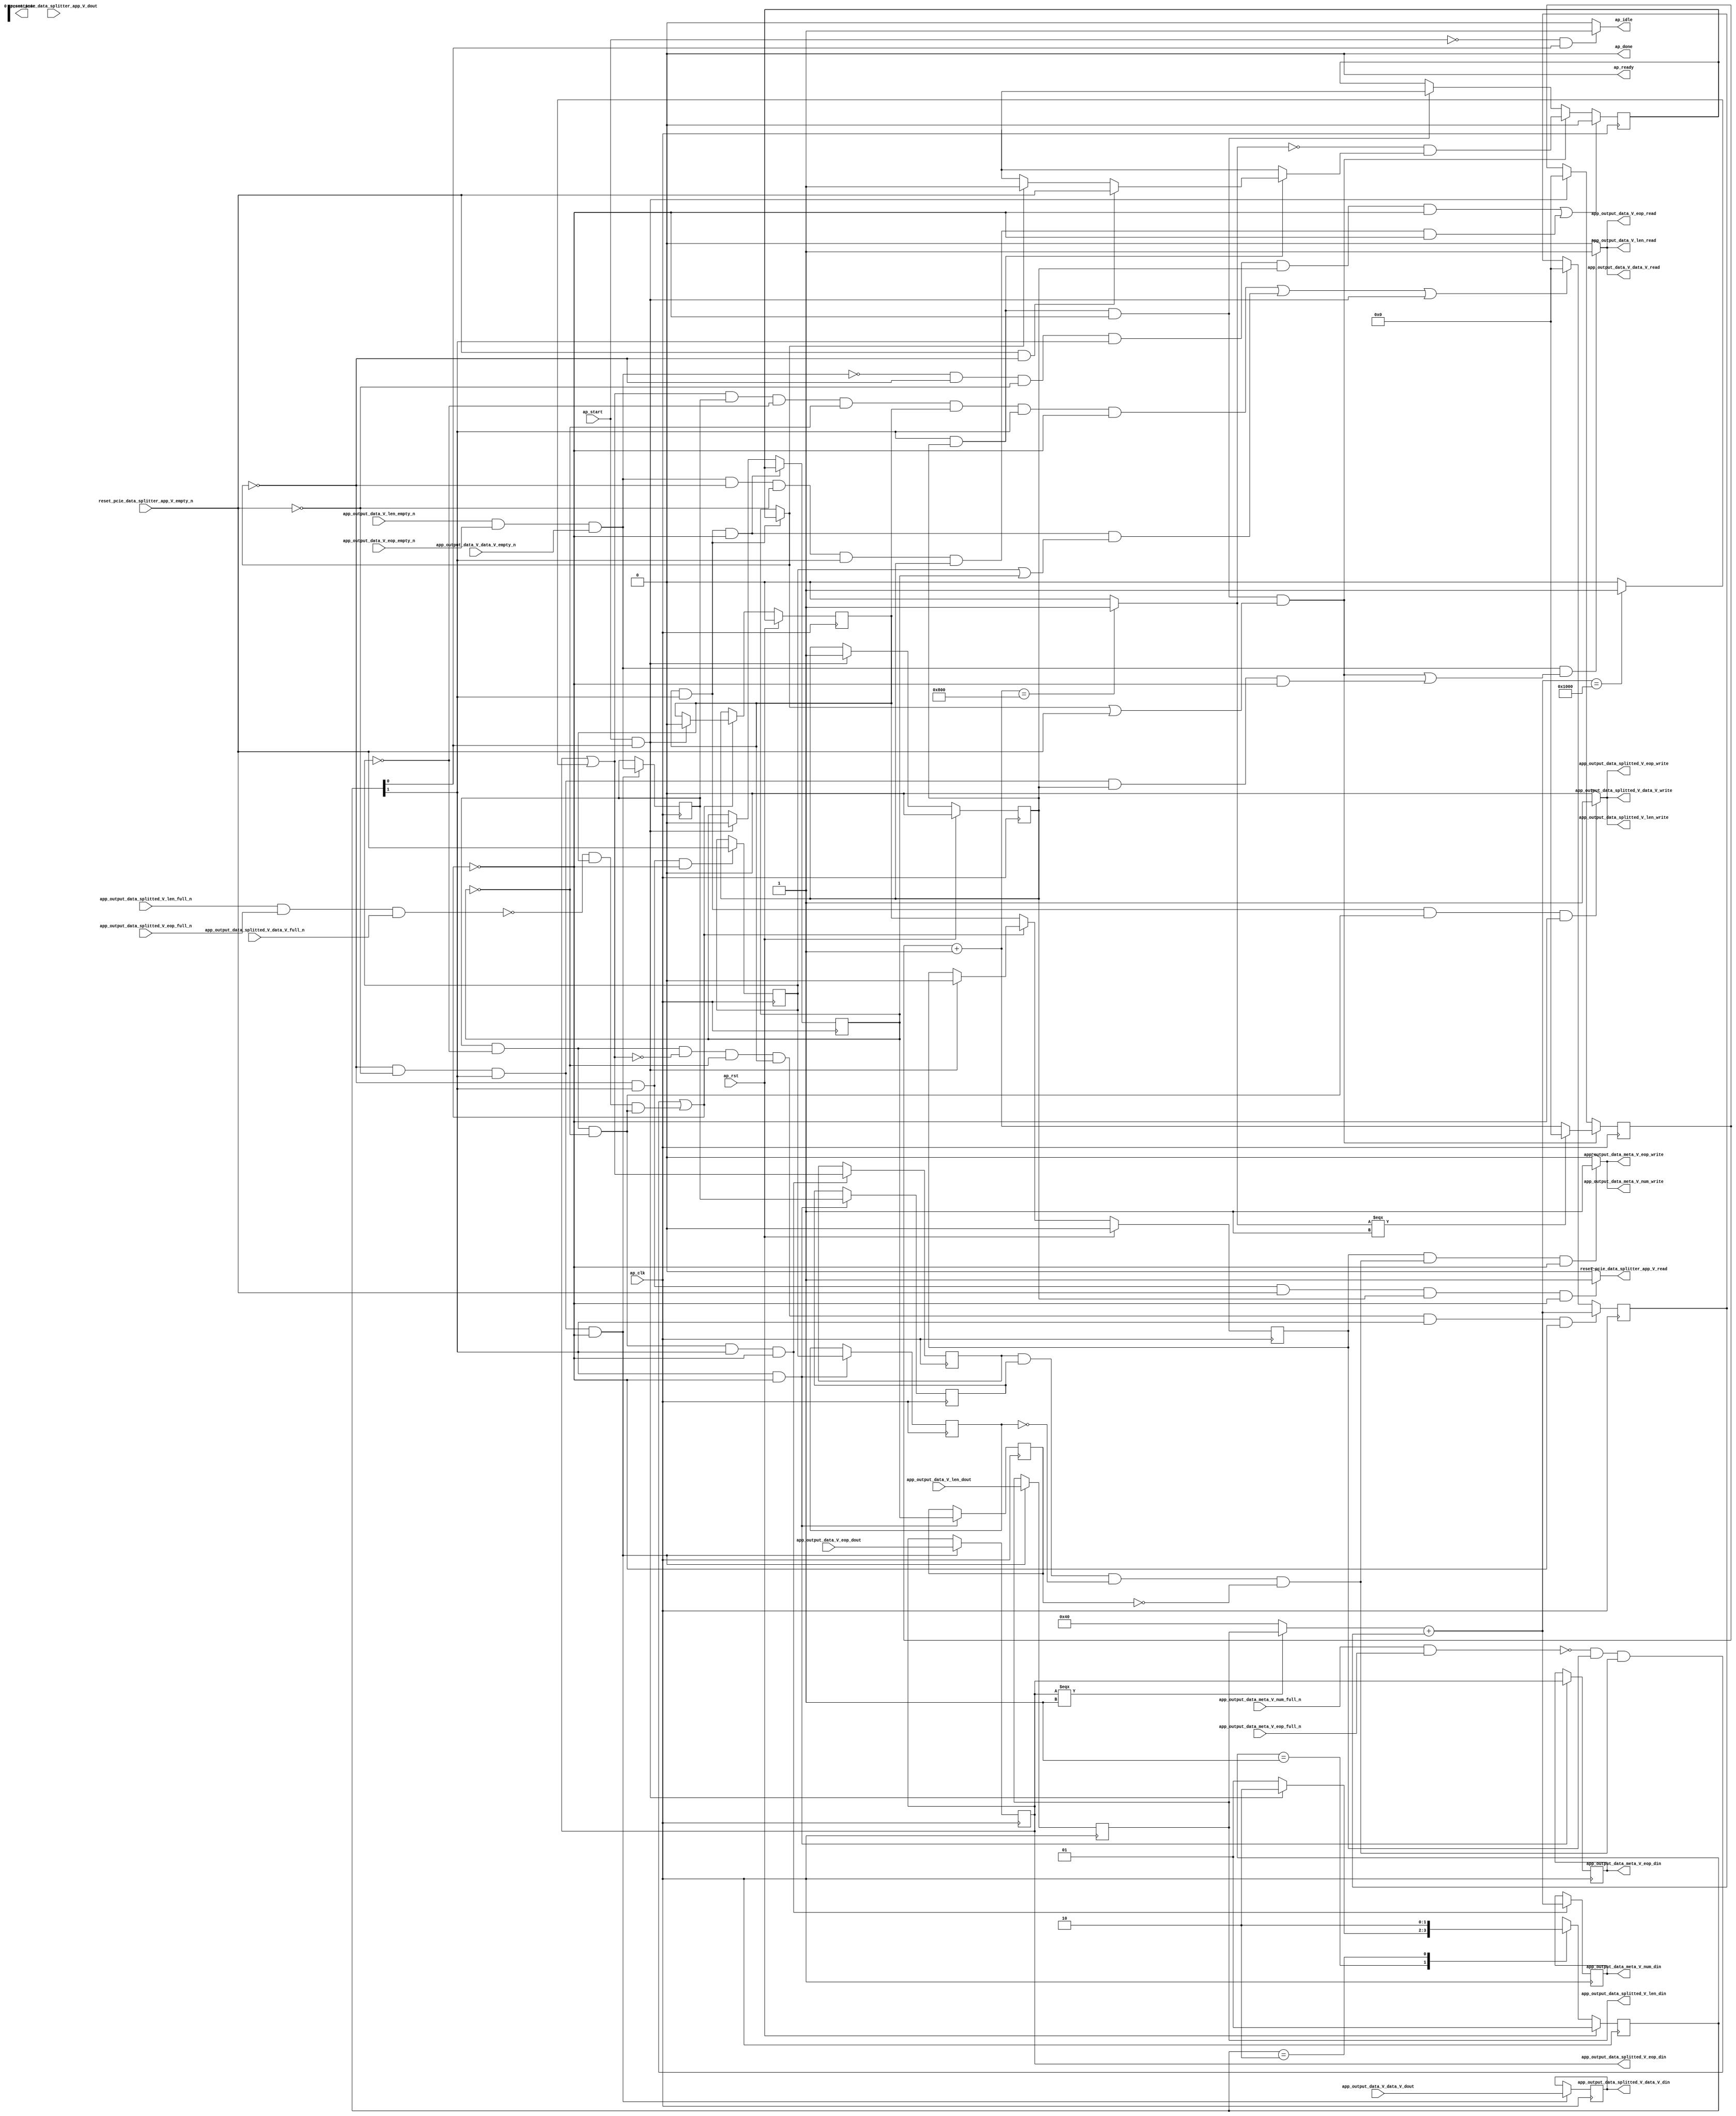
// ==============================================================
// RTL generated by Vivado(TM) HLS - High-Level Synthesis from C, C++ and SystemC
// Version: 2017.4.op
// Copyright (C) 1986-2018 Xilinx, Inc. All Rights Reserved.
// 
// ===========================================================

`timescale 1 ns / 1 ps 

(* CORE_GENERATION_INFO="pcie_data_splitter_app,hls_ip_2017_4_op,{HLS_INPUT_TYPE=cxx,HLS_INPUT_FLOAT=0,HLS_INPUT_FIXED=0,HLS_INPUT_PART=xcvu9p-flgb2104-2-i,HLS_INPUT_CLOCK=4.000000,HLS_INPUT_ARCH=others,HLS_SYN_CLOCK=2.997000,HLS_SYN_LAT=-1,HLS_SYN_TPT=none,HLS_SYN_MEM=0,HLS_SYN_DSP=0,HLS_SYN_FF=639,HLS_SYN_LUT=427}" *)

module pcie_data_splitter_app (
        ap_clk,
        ap_rst,
        ap_start,
        ap_done,
ap_continue,
        ap_idle,
        ap_ready,
        app_output_data_V_data_V_dout,
        app_output_data_V_data_V_empty_n,
        app_output_data_V_data_V_read,
        app_output_data_V_len_dout,
        app_output_data_V_len_empty_n,
        app_output_data_V_len_read,
        app_output_data_V_eop_dout,
        app_output_data_V_eop_empty_n,
        app_output_data_V_eop_read,
        app_output_data_splitted_V_data_V_din,
        app_output_data_splitted_V_data_V_full_n,
        app_output_data_splitted_V_data_V_write,
        app_output_data_splitted_V_len_din,
        app_output_data_splitted_V_len_full_n,
        app_output_data_splitted_V_len_write,
        app_output_data_splitted_V_eop_din,
        app_output_data_splitted_V_eop_full_n,
        app_output_data_splitted_V_eop_write,
        app_output_data_meta_V_num_din,
        app_output_data_meta_V_num_full_n,
        app_output_data_meta_V_num_write,
        app_output_data_meta_V_eop_din,
        app_output_data_meta_V_eop_full_n,
        app_output_data_meta_V_eop_write,
        reset_pcie_data_splitter_app_V_dout,
        reset_pcie_data_splitter_app_V_empty_n,
        reset_pcie_data_splitter_app_V_read
);

parameter    ap_ST_fsm_state1 = 2'd1;
parameter    ap_ST_fsm_pp0_stage0 = 2'd2;

input   ap_clk;
input   ap_rst;
input   ap_start;
output   ap_done;
output   ap_idle;
output ap_ready; output ap_continue;
input  [511:0] app_output_data_V_data_V_dout;
input   app_output_data_V_data_V_empty_n;
output   app_output_data_V_data_V_read;
input  [15:0] app_output_data_V_len_dout;
input   app_output_data_V_len_empty_n;
output   app_output_data_V_len_read;
input   app_output_data_V_eop_dout;
input   app_output_data_V_eop_empty_n;
output   app_output_data_V_eop_read;
output  [511:0] app_output_data_splitted_V_data_V_din;
input   app_output_data_splitted_V_data_V_full_n;
output   app_output_data_splitted_V_data_V_write;
output  [15:0] app_output_data_splitted_V_len_din;
input   app_output_data_splitted_V_len_full_n;
output   app_output_data_splitted_V_len_write;
output   app_output_data_splitted_V_eop_din;
input   app_output_data_splitted_V_eop_full_n;
output   app_output_data_splitted_V_eop_write;
output  [31:0] app_output_data_meta_V_num_din;
input   app_output_data_meta_V_num_full_n;
output   app_output_data_meta_V_num_write;
output   app_output_data_meta_V_eop_din;
input   app_output_data_meta_V_eop_full_n;
output   app_output_data_meta_V_eop_write;
input   reset_pcie_data_splitter_app_V_dout;
input   reset_pcie_data_splitter_app_V_empty_n;
output   reset_pcie_data_splitter_app_V_read;

reg ap_idle;
reg reset_pcie_data_splitter_app_V_read;

(* fsm_encoding = "none" *) reg   [1:0] ap_CS_fsm;
wire    ap_CS_fsm_state1;
reg    app_output_data_splitted_V_data_V_blk_n;
wire    ap_CS_fsm_pp0_stage0;
reg    ap_enable_reg_pp0_iter1;
wire    ap_block_pp0_stage0;
reg   [0:0] reset_reg_221;
reg   [0:0] empty_n_3_reg_379;
reg   [0:0] empty_n_2_reg_383;
reg    app_output_data_splitted_V_len_blk_n;
reg    app_output_data_splitted_V_eop_blk_n;
reg    app_output_data_meta_V_num_blk_n;
reg    ap_enable_reg_pp0_iter2;
reg   [0:0] ap_reg_pp0_iter1_reset_reg_221;
reg   [0:0] ap_reg_pp0_iter1_empty_n_3_reg_379;
reg   [0:0] ap_reg_pp0_iter1_empty_n_2_reg_383;
reg   [0:0] brmerge_reg_411;
reg    app_output_data_meta_V_eop_blk_n;
wire    ap_block_state2_pp0_stage0_iter0;
wire    app_output_data_splitted_V_len1_status;
reg    ap_predicate_op61_write_state3;
reg    ap_block_state3_pp0_stage0_iter1;
wire    app_output_data_meta_V_num1_status;
reg    ap_predicate_op66_write_state4;
reg    ap_block_state4_pp0_stage0_iter2;
reg    ap_block_pp0_stage0_11001;
reg   [0:0] reset_3_reg_243;
wire   [0:0] empty_n_3_fu_268_p1;
reg   [0:0] ap_phi_mux_reset_phi_fu_225_p4;
wire   [0:0] empty_n_2_fu_273_p1;
reg   [511:0] tmp_data_V_reg_387;
reg   [15:0] tmp_len_reg_392;
reg   [0:0] tmp_eop_reg_398;
reg   [0:0] ap_reg_pp0_iter1_tmp_eop_reg_398;
wire   [31:0] num_fu_343_p2;
reg   [31:0] num_reg_406;
wire   [0:0] brmerge_fu_355_p2;
reg    ap_enable_reg_pp0_iter0;
reg    ap_block_pp0_stage0_subdone;
reg   [0:0] ap_phi_mux_reset_1_phi_fu_236_p4;
wire   [0:0] ap_phi_reg_pp0_iter0_reset_1_reg_233;
wire   [0:0] p_reset_1_fu_310_p2;
wire   [0:0] ap_phi_reg_pp0_iter0_reset_3_reg_243;
reg    app_output_data_V_len0_update;
wire   [0:0] grp_nbread_fu_188_p4_0;
reg    app_output_data_splitted_V_len1_update;
reg    ap_block_pp0_stage0_01001;
reg    app_output_data_meta_V_num1_update;
reg   [31:0] reset_cnt_fu_174;
wire   [31:0] p_s_fu_317_p3;
reg   [31:0] tmp_num_fu_178;
wire   [31:0] reset_cnt_1_fu_292_p2;
wire   [0:0] tmp_3_fu_298_p2;
wire   [0:0] not_s_fu_304_p2;
wire   [15:0] tmp_5_s_fu_333_p3;
wire   [31:0] tmp_5_cast_fu_339_p1;
wire   [0:0] tmp_6_fu_349_p2;
reg   [1:0] ap_NS_fsm;
reg    ap_idle_pp0;
wire    ap_enable_pp0;
reg    ap_condition_163;

// power-on initialization
initial begin
#0 ap_CS_fsm = 2'd1;
#0 ap_enable_reg_pp0_iter1 = 1'b0;
#0 ap_enable_reg_pp0_iter2 = 1'b0;
#0 ap_enable_reg_pp0_iter0 = 1'b0;
end

always @ (posedge ap_clk) begin
    if (ap_rst == 1'b1) begin
        ap_CS_fsm <= ap_ST_fsm_state1;
    end else begin
        ap_CS_fsm <= ap_NS_fsm;
    end
end

always @ (posedge ap_clk) begin
    if (ap_rst == 1'b1) begin
        ap_enable_reg_pp0_iter0 <= 1'b0;
    end else begin
        if (((ap_start == 1'b1) & (1'b1 == ap_CS_fsm_state1))) begin
            ap_enable_reg_pp0_iter0 <= 1'b1;
        end
    end
end

always @ (posedge ap_clk) begin
    if (ap_rst == 1'b1) begin
        ap_enable_reg_pp0_iter1 <= 1'b0;
    end else begin
        if ((1'b0 == ap_block_pp0_stage0_subdone)) begin
            ap_enable_reg_pp0_iter1 <= ap_enable_reg_pp0_iter0;
        end else if (((ap_start == 1'b1) & (1'b1 == ap_CS_fsm_state1))) begin
            ap_enable_reg_pp0_iter1 <= 1'b0;
        end
    end
end

always @ (posedge ap_clk) begin
    if (ap_rst == 1'b1) begin
        ap_enable_reg_pp0_iter2 <= 1'b0;
    end else begin
        if ((1'b0 == ap_block_pp0_stage0_subdone)) begin
            ap_enable_reg_pp0_iter2 <= ap_enable_reg_pp0_iter1;
        end else if (((ap_start == 1'b1) & (1'b1 == ap_CS_fsm_state1))) begin
            ap_enable_reg_pp0_iter2 <= 1'b0;
        end
    end
end

always @ (posedge ap_clk) begin
    if ((((empty_n_2_fu_273_p1 == 1'd0) & (ap_phi_mux_reset_phi_fu_225_p4 == 1'd0) & (empty_n_3_fu_268_p1 == 1'd0) & (1'b1 == ap_CS_fsm_pp0_stage0) & (ap_enable_reg_pp0_iter0 == 1'b1) & (1'b0 == ap_block_pp0_stage0_11001)) | ((empty_n_2_fu_273_p1 == 1'd1) & (ap_phi_mux_reset_phi_fu_225_p4 == 1'd0) & (empty_n_3_fu_268_p1 == 1'd0) & (1'b1 == ap_CS_fsm_pp0_stage0) & (ap_enable_reg_pp0_iter0 == 1'b1) & (1'b0 == ap_block_pp0_stage0_11001)))) begin
        reset_3_reg_243 <= 1'd0;
    end else if (((1'b1 == ap_CS_fsm_pp0_stage0) & (ap_enable_reg_pp0_iter0 == 1'b1) & (1'b0 == ap_block_pp0_stage0_11001) & ((ap_phi_mux_reset_phi_fu_225_p4 == 1'd1) | (empty_n_3_fu_268_p1 == 1'd1)))) begin
        reset_3_reg_243 <= p_reset_1_fu_310_p2;
    end else if (((1'b1 == ap_CS_fsm_pp0_stage0) & (ap_enable_reg_pp0_iter0 == 1'b1) & (1'b0 == ap_block_pp0_stage0_11001))) begin
        reset_3_reg_243 <= ap_phi_reg_pp0_iter0_reset_3_reg_243;
    end
end

always @ (posedge ap_clk) begin
    if (((1'b1 == ap_CS_fsm_pp0_stage0) & (ap_enable_reg_pp0_iter0 == 1'b1) & (1'b0 == ap_block_pp0_stage0_11001) & ((ap_phi_mux_reset_phi_fu_225_p4 == 1'd1) | (empty_n_3_fu_268_p1 == 1'd1)))) begin
        reset_cnt_fu_174 <= p_s_fu_317_p3;
    end else if (((ap_start == 1'b1) & (1'b1 == ap_CS_fsm_state1))) begin
        reset_cnt_fu_174 <= 32'd0;
    end
end

always @ (posedge ap_clk) begin
    if (((ap_enable_reg_pp0_iter1 == 1'b1) & (1'b1 == ap_CS_fsm_pp0_stage0) & (1'b0 == ap_block_pp0_stage0_11001))) begin
        reset_reg_221 <= reset_3_reg_243;
    end else if (((ap_start == 1'b1) & (1'b1 == ap_CS_fsm_state1))) begin
        reset_reg_221 <= 1'd0;
    end
end

always @ (posedge ap_clk) begin
    if (((empty_n_2_reg_383 == 1'd1) & (empty_n_3_reg_379 == 1'd0) & (brmerge_fu_355_p2 == 1'd0) & (reset_reg_221 == 1'd0) & (ap_enable_reg_pp0_iter1 == 1'b1) & (1'b1 == ap_CS_fsm_pp0_stage0) & (1'b0 == ap_block_pp0_stage0_11001))) begin
        tmp_num_fu_178 <= num_fu_343_p2;
    end else if ((((brmerge_fu_355_p2 == 1'd1) & (empty_n_2_reg_383 == 1'd1) & (empty_n_3_reg_379 == 1'd0) & (reset_reg_221 == 1'd0) & (ap_enable_reg_pp0_iter1 == 1'b1) & (1'b1 == ap_CS_fsm_pp0_stage0) & (1'b0 == ap_block_pp0_stage0_11001)) | ((ap_enable_reg_pp0_iter1 == 1'b1) & (1'b1 == ap_CS_fsm_pp0_stage0) & (1'b0 == ap_block_pp0_stage0_11001) & ((empty_n_3_reg_379 == 1'd1) | (reset_reg_221 == 1'd1))) | ((ap_start == 1'b1) & (1'b1 == ap_CS_fsm_state1)))) begin
        tmp_num_fu_178 <= 32'd0;
    end
end

always @ (posedge ap_clk) begin
    if (((1'b1 == ap_CS_fsm_pp0_stage0) & (1'b0 == ap_block_pp0_stage0_11001))) begin
        ap_reg_pp0_iter1_empty_n_2_reg_383 <= empty_n_2_reg_383;
        ap_reg_pp0_iter1_empty_n_3_reg_379 <= empty_n_3_reg_379;
        ap_reg_pp0_iter1_reset_reg_221 <= reset_reg_221;
        ap_reg_pp0_iter1_tmp_eop_reg_398 <= tmp_eop_reg_398;
    end
end

always @ (posedge ap_clk) begin
    if (((empty_n_2_reg_383 == 1'd1) & (empty_n_3_reg_379 == 1'd0) & (reset_reg_221 == 1'd0) & (1'b1 == ap_CS_fsm_pp0_stage0) & (1'b0 == ap_block_pp0_stage0_11001))) begin
        brmerge_reg_411 <= brmerge_fu_355_p2;
        num_reg_406 <= num_fu_343_p2;
    end
end

always @ (posedge ap_clk) begin
    if (((ap_phi_mux_reset_phi_fu_225_p4 == 1'd0) & (empty_n_3_fu_268_p1 == 1'd0) & (1'b1 == ap_CS_fsm_pp0_stage0) & (1'b0 == ap_block_pp0_stage0_11001))) begin
        empty_n_2_reg_383 <= grp_nbread_fu_188_p4_0;
        tmp_data_V_reg_387 <= app_output_data_V_data_V_dout;
        tmp_eop_reg_398 <= app_output_data_V_eop_dout;
        tmp_len_reg_392 <= app_output_data_V_len_dout;
    end
end

always @ (posedge ap_clk) begin
    if (((ap_phi_mux_reset_phi_fu_225_p4 == 1'd0) & (1'b1 == ap_CS_fsm_pp0_stage0) & (1'b0 == ap_block_pp0_stage0_11001))) begin
        empty_n_3_reg_379 <= reset_pcie_data_splitter_app_V_empty_n;
    end
end

always @ (*) begin
    if (((ap_start == 1'b0) & (1'b1 == ap_CS_fsm_state1))) begin
        ap_idle = 1'b1;
    end else begin
        ap_idle = 1'b0;
    end
end

always @ (*) begin
    if (((ap_enable_reg_pp0_iter2 == 1'b0) & (ap_enable_reg_pp0_iter1 == 1'b0) & (ap_enable_reg_pp0_iter0 == 1'b0))) begin
        ap_idle_pp0 = 1'b1;
    end else begin
        ap_idle_pp0 = 1'b0;
    end
end

always @ (*) begin
    if ((1'b1 == ap_condition_163)) begin
        if (((empty_n_3_fu_268_p1 == 1'd1) & (ap_phi_mux_reset_phi_fu_225_p4 == 1'd0))) begin
            ap_phi_mux_reset_1_phi_fu_236_p4 = reset_pcie_data_splitter_app_V_empty_n;
        end else if ((ap_phi_mux_reset_phi_fu_225_p4 == 1'd1)) begin
            ap_phi_mux_reset_1_phi_fu_236_p4 = ap_phi_mux_reset_phi_fu_225_p4;
        end else begin
            ap_phi_mux_reset_1_phi_fu_236_p4 = ap_phi_reg_pp0_iter0_reset_1_reg_233;
        end
    end else begin
        ap_phi_mux_reset_1_phi_fu_236_p4 = ap_phi_reg_pp0_iter0_reset_1_reg_233;
    end
end

always @ (*) begin
    if (((1'b0 == ap_block_pp0_stage0) & (ap_enable_reg_pp0_iter1 == 1'b1) & (1'b1 == ap_CS_fsm_pp0_stage0))) begin
        ap_phi_mux_reset_phi_fu_225_p4 = reset_3_reg_243;
    end else begin
        ap_phi_mux_reset_phi_fu_225_p4 = reset_reg_221;
    end
end

always @ (*) begin
    if ((((app_output_data_V_len_empty_n & app_output_data_V_eop_empty_n & app_output_data_V_data_V_empty_n) == 1'b1) & (((1'b1 == ap_CS_fsm_pp0_stage0) & (ap_enable_reg_pp0_iter0 == 1'b1) & (1'b0 == ap_block_pp0_stage0_11001) & ((ap_phi_mux_reset_phi_fu_225_p4 == 1'd1) | (empty_n_3_fu_268_p1 == 1'd1))) | ((ap_phi_mux_reset_phi_fu_225_p4 == 1'd0) & (empty_n_3_fu_268_p1 == 1'd0) & (1'b1 == ap_CS_fsm_pp0_stage0) & (ap_enable_reg_pp0_iter0 == 1'b1) & (1'b0 == ap_block_pp0_stage0_11001))))) begin
        app_output_data_V_len0_update = 1'b1;
    end else begin
        app_output_data_V_len0_update = 1'b0;
    end
end

always @ (*) begin
    if (((brmerge_reg_411 == 1'd1) & (ap_reg_pp0_iter1_empty_n_2_reg_383 == 1'd1) & (ap_reg_pp0_iter1_empty_n_3_reg_379 == 1'd0) & (ap_reg_pp0_iter1_reset_reg_221 == 1'd0) & (1'b0 == ap_block_pp0_stage0) & (ap_enable_reg_pp0_iter2 == 1'b1))) begin
        app_output_data_meta_V_eop_blk_n = app_output_data_meta_V_eop_full_n;
    end else begin
        app_output_data_meta_V_eop_blk_n = 1'b1;
    end
end

always @ (*) begin
    if (((ap_enable_reg_pp0_iter2 == 1'b1) & (ap_predicate_op66_write_state4 == 1'b1) & (1'b0 == ap_block_pp0_stage0_11001))) begin
        app_output_data_meta_V_num1_update = 1'b1;
    end else begin
        app_output_data_meta_V_num1_update = 1'b0;
    end
end

always @ (*) begin
    if (((brmerge_reg_411 == 1'd1) & (ap_reg_pp0_iter1_empty_n_2_reg_383 == 1'd1) & (ap_reg_pp0_iter1_empty_n_3_reg_379 == 1'd0) & (ap_reg_pp0_iter1_reset_reg_221 == 1'd0) & (1'b0 == ap_block_pp0_stage0) & (ap_enable_reg_pp0_iter2 == 1'b1))) begin
        app_output_data_meta_V_num_blk_n = app_output_data_meta_V_num_full_n;
    end else begin
        app_output_data_meta_V_num_blk_n = 1'b1;
    end
end

always @ (*) begin
    if (((empty_n_2_reg_383 == 1'd1) & (empty_n_3_reg_379 == 1'd0) & (reset_reg_221 == 1'd0) & (1'b0 == ap_block_pp0_stage0) & (ap_enable_reg_pp0_iter1 == 1'b1) & (1'b1 == ap_CS_fsm_pp0_stage0))) begin
        app_output_data_splitted_V_data_V_blk_n = app_output_data_splitted_V_data_V_full_n;
    end else begin
        app_output_data_splitted_V_data_V_blk_n = 1'b1;
    end
end

always @ (*) begin
    if (((empty_n_2_reg_383 == 1'd1) & (empty_n_3_reg_379 == 1'd0) & (reset_reg_221 == 1'd0) & (1'b0 == ap_block_pp0_stage0) & (ap_enable_reg_pp0_iter1 == 1'b1) & (1'b1 == ap_CS_fsm_pp0_stage0))) begin
        app_output_data_splitted_V_eop_blk_n = app_output_data_splitted_V_eop_full_n;
    end else begin
        app_output_data_splitted_V_eop_blk_n = 1'b1;
    end
end

always @ (*) begin
    if (((ap_enable_reg_pp0_iter1 == 1'b1) & (1'b1 == ap_CS_fsm_pp0_stage0) & (ap_predicate_op61_write_state3 == 1'b1) & (1'b0 == ap_block_pp0_stage0_11001))) begin
        app_output_data_splitted_V_len1_update = 1'b1;
    end else begin
        app_output_data_splitted_V_len1_update = 1'b0;
    end
end

always @ (*) begin
    if (((empty_n_2_reg_383 == 1'd1) & (empty_n_3_reg_379 == 1'd0) & (reset_reg_221 == 1'd0) & (1'b0 == ap_block_pp0_stage0) & (ap_enable_reg_pp0_iter1 == 1'b1) & (1'b1 == ap_CS_fsm_pp0_stage0))) begin
        app_output_data_splitted_V_len_blk_n = app_output_data_splitted_V_len_full_n;
    end else begin
        app_output_data_splitted_V_len_blk_n = 1'b1;
    end
end

always @ (*) begin
    if (((ap_phi_mux_reset_phi_fu_225_p4 == 1'd0) & (1'b1 == ap_CS_fsm_pp0_stage0) & (reset_pcie_data_splitter_app_V_empty_n == 1'b1) & (ap_enable_reg_pp0_iter0 == 1'b1) & (1'b0 == ap_block_pp0_stage0_11001))) begin
        reset_pcie_data_splitter_app_V_read = 1'b1;
    end else begin
        reset_pcie_data_splitter_app_V_read = 1'b0;
    end
end

always @ (*) begin
    case (ap_CS_fsm)
        ap_ST_fsm_state1 : begin
            if (((ap_start == 1'b1) & (1'b1 == ap_CS_fsm_state1))) begin
                ap_NS_fsm = ap_ST_fsm_pp0_stage0;
            end else begin
                ap_NS_fsm = ap_ST_fsm_state1;
            end
        end
        ap_ST_fsm_pp0_stage0 : begin
            ap_NS_fsm = ap_ST_fsm_pp0_stage0;
        end
        default : begin
            ap_NS_fsm = 'bx;
        end
    endcase
end

assign ap_CS_fsm_pp0_stage0 = ap_CS_fsm[32'd1];

assign ap_CS_fsm_state1 = ap_CS_fsm[32'd0];

assign ap_block_pp0_stage0 = ~(1'b1 == 1'b1);

always @ (*) begin
    ap_block_pp0_stage0_01001 = (((app_output_data_meta_V_num1_status == 1'b0) & (ap_enable_reg_pp0_iter2 == 1'b1) & (ap_predicate_op66_write_state4 == 1'b1)) | ((app_output_data_splitted_V_len1_status == 1'b0) & (ap_enable_reg_pp0_iter1 == 1'b1) & (ap_predicate_op61_write_state3 == 1'b1)));
end

always @ (*) begin
    ap_block_pp0_stage0_11001 = (((app_output_data_meta_V_num1_status == 1'b0) & (ap_enable_reg_pp0_iter2 == 1'b1) & (ap_predicate_op66_write_state4 == 1'b1)) | ((app_output_data_splitted_V_len1_status == 1'b0) & (ap_enable_reg_pp0_iter1 == 1'b1) & (ap_predicate_op61_write_state3 == 1'b1)));
end

always @ (*) begin
    ap_block_pp0_stage0_subdone = (((app_output_data_meta_V_num1_status == 1'b0) & (ap_enable_reg_pp0_iter2 == 1'b1) & (ap_predicate_op66_write_state4 == 1'b1)) | ((app_output_data_splitted_V_len1_status == 1'b0) & (ap_enable_reg_pp0_iter1 == 1'b1) & (ap_predicate_op61_write_state3 == 1'b1)));
end

assign ap_block_state2_pp0_stage0_iter0 = ~(1'b1 == 1'b1);

always @ (*) begin
    ap_block_state3_pp0_stage0_iter1 = ((app_output_data_splitted_V_len1_status == 1'b0) & (ap_predicate_op61_write_state3 == 1'b1));
end

always @ (*) begin
    ap_block_state4_pp0_stage0_iter2 = ((app_output_data_meta_V_num1_status == 1'b0) & (ap_predicate_op66_write_state4 == 1'b1));
end

always @ (*) begin
    ap_condition_163 = ((1'b0 == ap_block_pp0_stage0) & (1'b1 == ap_CS_fsm_pp0_stage0) & (ap_enable_reg_pp0_iter0 == 1'b1));
end

assign ap_done = 1'b0;

assign ap_enable_pp0 = (ap_idle_pp0 ^ 1'b1);

assign ap_phi_reg_pp0_iter0_reset_1_reg_233 = 'bx;

assign ap_phi_reg_pp0_iter0_reset_3_reg_243 = 'bx;

always @ (*) begin
    ap_predicate_op61_write_state3 = ((empty_n_2_reg_383 == 1'd1) & (empty_n_3_reg_379 == 1'd0) & (reset_reg_221 == 1'd0));
end

always @ (*) begin
    ap_predicate_op66_write_state4 = ((brmerge_reg_411 == 1'd1) & (ap_reg_pp0_iter1_empty_n_2_reg_383 == 1'd1) & (ap_reg_pp0_iter1_empty_n_3_reg_379 == 1'd0) & (ap_reg_pp0_iter1_reset_reg_221 == 1'd0));
end

assign ap_ready = 1'b0;

assign app_output_data_V_data_V_read = app_output_data_V_len0_update;

assign app_output_data_V_eop_read = app_output_data_V_len0_update;

assign app_output_data_V_len_read = app_output_data_V_len0_update;

assign app_output_data_meta_V_eop_din = ap_reg_pp0_iter1_tmp_eop_reg_398;

assign app_output_data_meta_V_eop_write = app_output_data_meta_V_num1_update;

assign app_output_data_meta_V_num1_status = (app_output_data_meta_V_num_full_n & app_output_data_meta_V_eop_full_n);

assign app_output_data_meta_V_num_din = num_reg_406;

assign app_output_data_meta_V_num_write = app_output_data_meta_V_num1_update;

assign app_output_data_splitted_V_data_V_din = tmp_data_V_reg_387;

assign app_output_data_splitted_V_data_V_write = app_output_data_splitted_V_len1_update;

assign app_output_data_splitted_V_eop_din = tmp_eop_reg_398;

assign app_output_data_splitted_V_eop_write = app_output_data_splitted_V_len1_update;

assign app_output_data_splitted_V_len1_status = (app_output_data_splitted_V_len_full_n & app_output_data_splitted_V_eop_full_n & app_output_data_splitted_V_data_V_full_n);

assign app_output_data_splitted_V_len_din = tmp_len_reg_392;

assign app_output_data_splitted_V_len_write = app_output_data_splitted_V_len1_update;

assign brmerge_fu_355_p2 = (tmp_eop_reg_398 | tmp_6_fu_349_p2);

assign empty_n_2_fu_273_p1 = grp_nbread_fu_188_p4_0;

assign empty_n_3_fu_268_p1 = reset_pcie_data_splitter_app_V_empty_n;

assign grp_nbread_fu_188_p4_0 = (app_output_data_V_len_empty_n & app_output_data_V_eop_empty_n & app_output_data_V_data_V_empty_n);

assign not_s_fu_304_p2 = (tmp_3_fu_298_p2 ^ 1'd1);

assign num_fu_343_p2 = (tmp_5_cast_fu_339_p1 + tmp_num_fu_178);

assign p_reset_1_fu_310_p2 = (not_s_fu_304_p2 & ap_phi_mux_reset_1_phi_fu_236_p4);

assign p_s_fu_317_p3 = ((tmp_3_fu_298_p2[0:0] === 1'b1) ? 32'd0 : reset_cnt_1_fu_292_p2);

assign reset_cnt_1_fu_292_p2 = (reset_cnt_fu_174 + 32'd1);

assign tmp_3_fu_298_p2 = ((reset_cnt_1_fu_292_p2 == 32'd2048) ? 1'b1 : 1'b0);

assign tmp_5_cast_fu_339_p1 = tmp_5_s_fu_333_p3;

assign tmp_5_s_fu_333_p3 = ((tmp_eop_reg_398[0:0] === 1'b1) ? tmp_len_reg_392 : 16'd64);

assign tmp_6_fu_349_p2 = ((num_fu_343_p2 == 32'd4096) ? 1'b1 : 1'b0);

endmodule //pcie_data_splitter_app